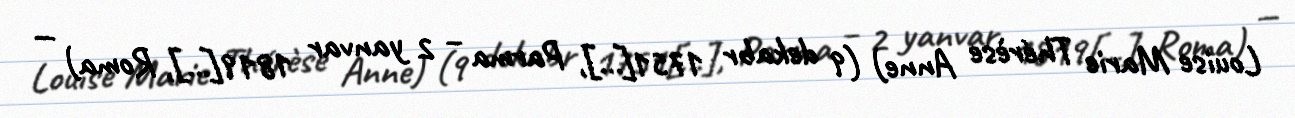
Louise Marie Thérèse Anne) (9 dekabr 1751[…], Parma – 2 yanvar 1819[…], Roma) —